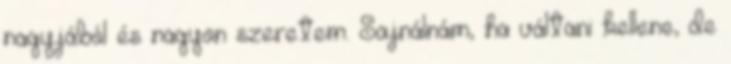
nagyjából és nagyon szeretem. Sajnálnám, ha váltani kellene, de